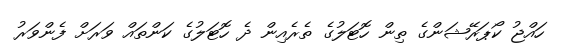
ހައްޖު ކޯޕަރޭޝަންގެ ތިން ހޮޓަލުގެ ތެރެއިން ދެ ހޮޓަލުގެ ކަންތައް ވަރަށް ފެންވަރު